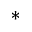
*